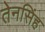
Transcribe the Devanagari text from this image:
तेनसिंह